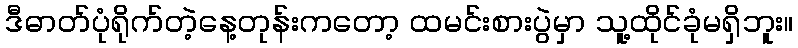
ဒီဓာတ်ပုံရိုက်တဲ့နေ့တုန်းကတော့ ထမင်းစားပွဲမှာ သူ့ထိုင်ခုံမရှိဘူး။